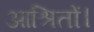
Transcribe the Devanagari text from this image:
आश्रितों।